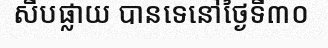
សឹបផ្លាយ បានទេនៅថ្ងៃទី៣០